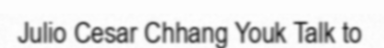
Julio Cesar Chhang Youk Talk to